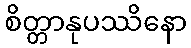
စိတ္တာနုပဿိနော